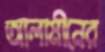
আলামীনের